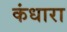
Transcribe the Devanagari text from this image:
कंधारा